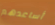
أساعدهم